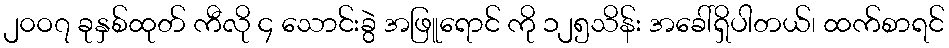
၂၀ဝ၇ ခုနှစ်ထုတ် ကီလို ၄ သောင်းခွဲ အဖြူရောင် ကို ၁၂၅သိန်း အခေါ်ရှိပါတယ်၊ ထက်စာရင်